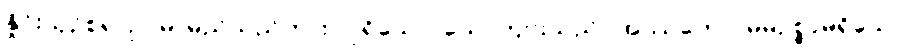
နှိုင်းယှဉ်စရာဥပမာမည်သည်ကား။ ပုရိသော၊ ယောကျ်ားသည်။ အဿကော၊ မိမိဥစ္စာမရှိသော။